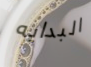
البدايه